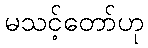
မသင့်တော်ဟု